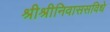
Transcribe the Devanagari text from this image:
श्रीश्रीनिवाससविधे